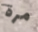
مرة